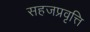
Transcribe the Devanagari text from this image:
सहजप्रवृत्ति